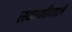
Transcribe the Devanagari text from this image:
स्वामीमलै